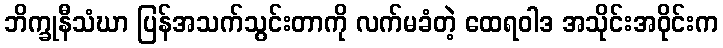
ဘိက္ခုနီသံဃာ ပြန်အသက်သွင်းတာကို လက်မခံတဲ့ ထေရဝါဒ အသိုင်းအဝိုင်းက